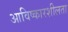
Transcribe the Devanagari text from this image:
आविष्कारशीलता